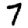
Digit: 7